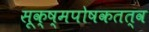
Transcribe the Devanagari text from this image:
सूक्ष्मपोषकतत्व